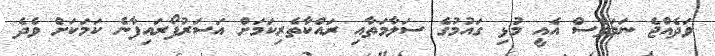
ވަދެއްޖެ ނަމަވެސް އެއީ މުޅި ގައުމުގެ ސަލާމަތާއި ރައްކާތެރިކަމަށް އަސަރުފޯރައިފާނެ ކަމަކަށް ވެދެ